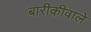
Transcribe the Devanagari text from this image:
बारीकीवाले